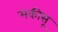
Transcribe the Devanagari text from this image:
मकीसू